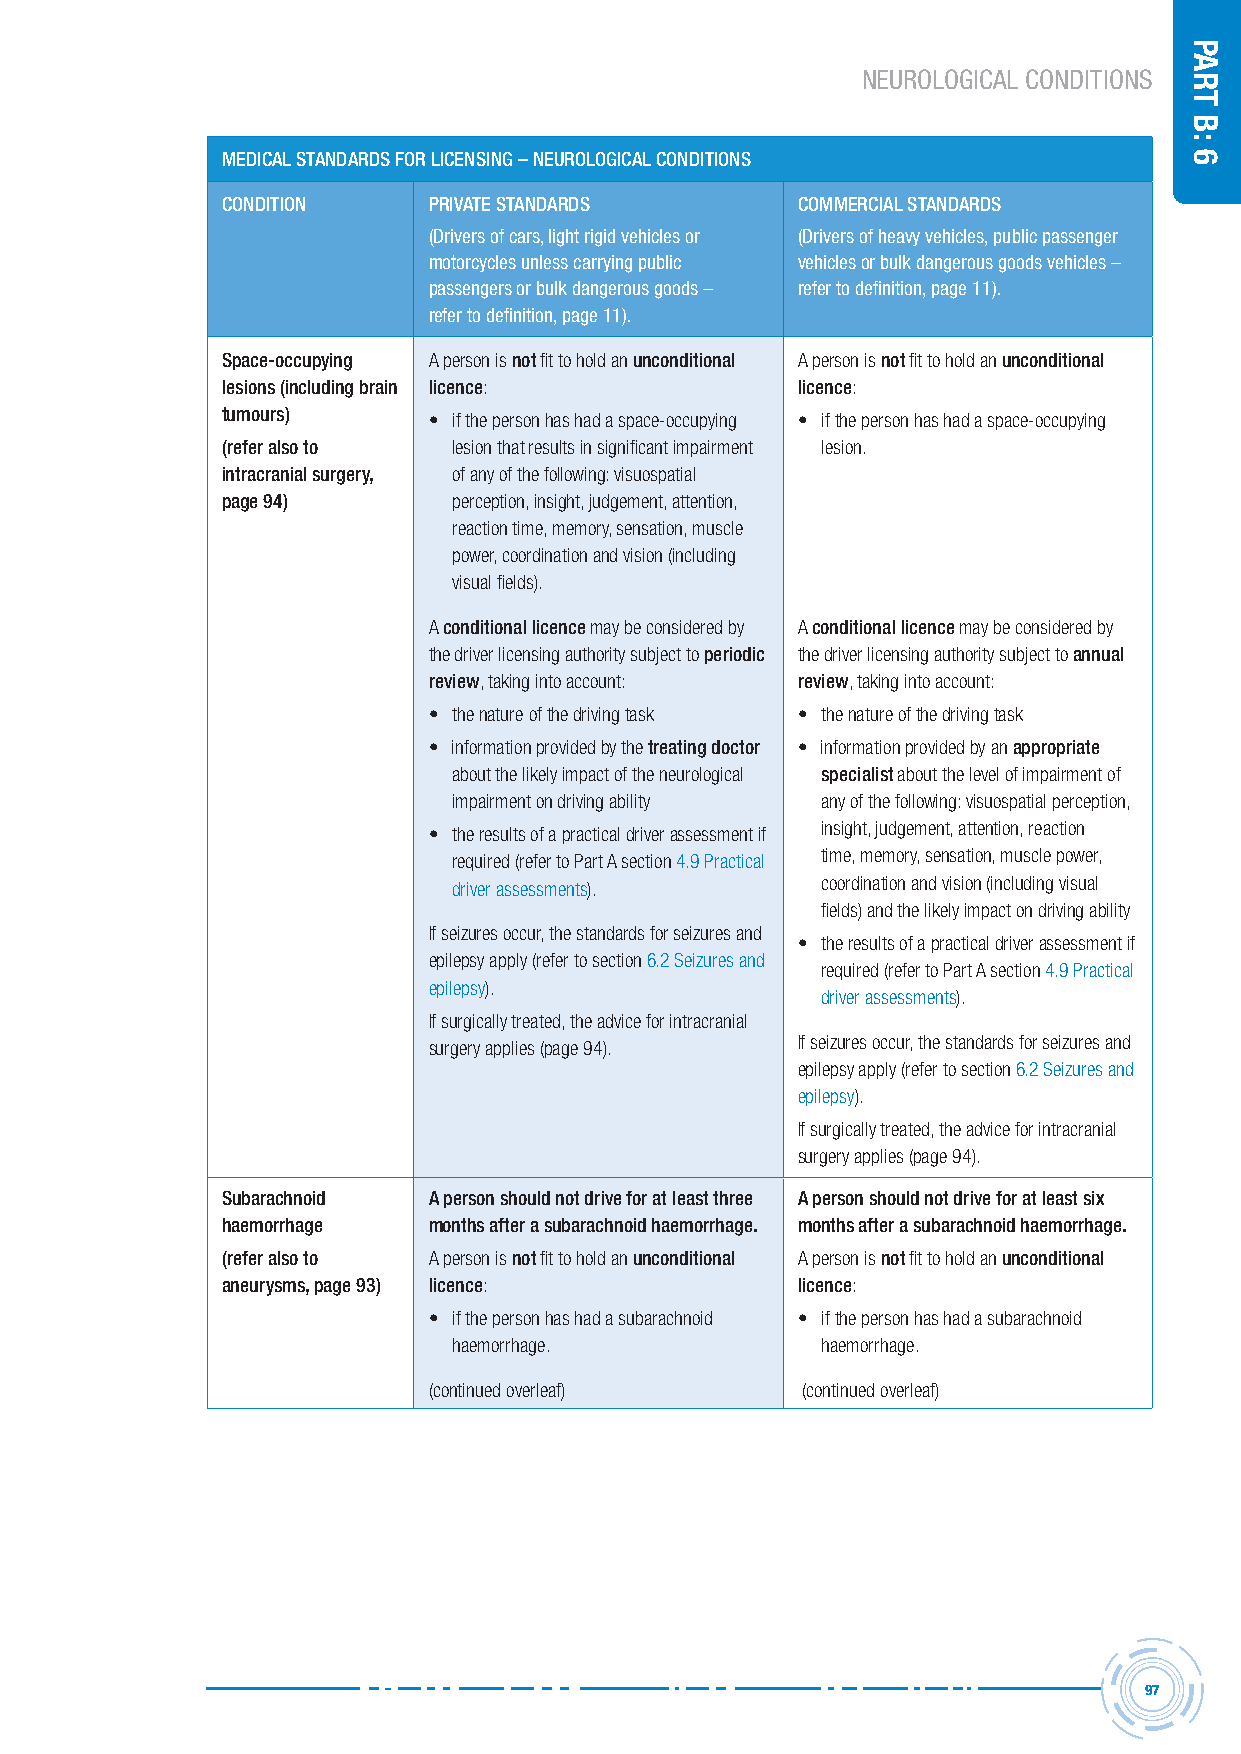
NEUROLOGICAL CONDITIONS
 MeDicAL stAnDArDs For Licensing – neUroLogicAL conDitions
 conDition    PrivAte stAnDArDs        coMMerciAL stAnDArDs
 (Drivers of cars, light rigid vehicles or (Drivers of heavy vehicles, public passenger
 motorcycles unless carrying public vehicles or bulk dangerous goods vehicles –
 passengers or bulk dangerous goods – refer to definition, page 11).
 refer to definition, page 11).
 space-occupying A person is not fit to hold an unconditional A person is not fit to hold an unconditional
 lesions (including brain licence:     licence:
 tumours)     • if the person has had a space-occupying • if the person has had a space-occupying
 (refer also to lesion that results in significant impairment lesion.
 intracranial surgery, of any of the following: visuospatial
 page 94)       perception, insight, judgement, attention,
 reaction time, memory, sensation, muscle
 power, coordination and vision (including
 visual fields).
 A conditional licence may be considered by A conditional licence may be considered by
 the driver licensing authority subject to periodic the driver licensing authority subject to annual
 review, taking into account: review, taking into account:
 • the nature of the driving task • the nature of the driving task
 • information provided by the treating doctor • information provided by an appropriate
 about the likely impact of the neurological specialist about the level of impairment of
 impairment on driving ability any of the following: visuospatial perception,
 • the results of a practical driver assessment if insight, judgement, attention, reaction
 required (refer to Part A section 4.9 Practical time, memory, sensation, muscle power,
 driver assessments).    coordination and vision (including visual
 fields) and the likely impact on driving ability
 If seizures occur, the standards for seizures and
 • the results of a practical driver assessment if
 epilepsy apply (refer to section 6.2 Seizures and
 required (refer to Part A section 4.9 Practical
 epilepsy).
 driver assessments).
 If surgically treated, the advice for intracranial
 surgery applies (page 94). If seizures occur, the standards for seizures and
 epilepsy apply (refer to section 6.2 Seizures and
 epilepsy).
 If surgically treated, the advice for intracranial
 surgery applies (page 94).
 subarachnoid A person should not drive for at least three A person should not drive for at least six
 haemorrhage  months after a subarachnoid haemorrhage. months after a subarachnoid haemorrhage.
 (refer also to A person is not fit to hold an unconditional A person is not fit to hold an unconditional
 aneurysms, page 93) licence:          licence:
 • if the person has had a subarachnoid • if the person has had a subarachnoid
 haemorrhage.            haemorrhage.
 (continued overleaf)     (continued overleaf)
 97
 Part
 B:
 6